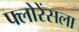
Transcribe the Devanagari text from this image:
फ्लोरेंसला